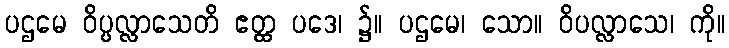
ပဌမေ ဝိပ္ပလ္လာသေတိ ဧတ္ထ ပဒေ၊ ၌။ ပဌမေ၊ သော။ ဝိပလ္လာသေ၊ ကို။